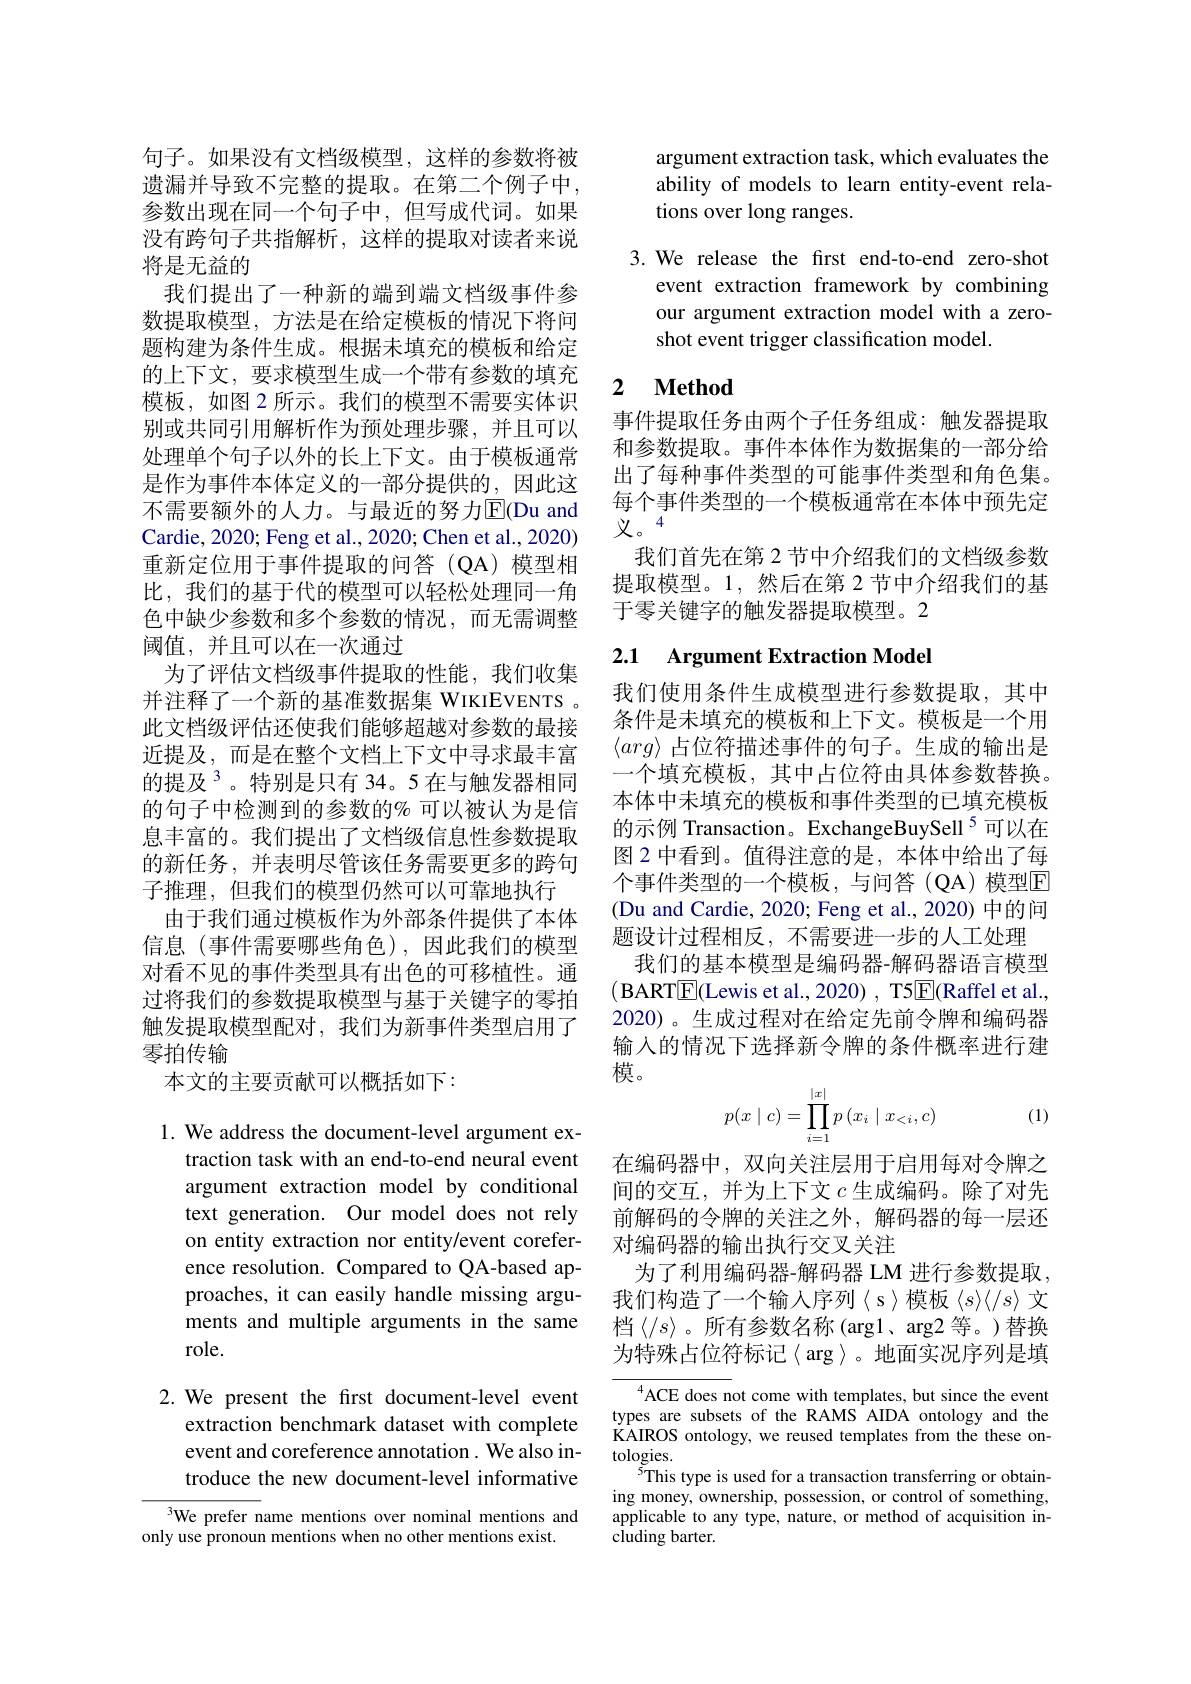
句子。如果没有文档级模型，这样的参数将被遗漏并导致不完整的提取。在第二个例子中， 参数出现在同一个句子中，但写成代词。如果没有跨句子共指解析，这样的提取对读者来说将是无益的
我们提出了一种新的端到端文档级事件参数提取模型，方法是在给定模板的情况下将问题构建为条件生成。根据未填充的模板和给定的上下文，要求模型生成一个带有参数的填充模板，如图 2 所示。我们的模型不需要实体识别或共同引用解析作为预处理步骤，并且可以处理单个句子以外的长上下文。由于模板通常是作为事件本体定义的一部分提供的，因此这不需要额外的人力。与最近的努力$\mathbb{E}($Du and Cardie, 2020; Feng et al., 2020; Chen et al., 2020) 重新定位用于事件提取的问答(QA)模型相比，我们的基于代的模型可以轻松处理同一角色中缺少参数和多个参数的情况，而无需调整阈值，并且可以在一次通过
为了评估文档级事件提取的性能，我们收集并注释了一个新的基准数据集 WIKIEVENTS 。此文档级评估还使我们能够超越对参数的最接近提及，而是在整个文档上下文中寻求最丰富的提及$^{3}$。特别是只有 34。5 在与触发器相同的句子中检测到的参数的%可以被认为是信息丰富的。我们提出了文档级信息性参数提取的新任务，并表明尽管该任务需要更多的跨句子推理，但我们的模型仍然可以可靠地执行
由于我们通过模板作为外部条件提供了本体信息(事件需要哪些角色),因此我们的模型对看不见的事件类型具有出色的可移植性。通过将我们的参数提取模型与基于关键字的零拍触发提取模型配对，我们为新事件类型启用了零拍传输
本文的主要贡献可以概括如下：

1. We address the document-level argument ex-
traction task with an end-to-end neural event argument extraction model by conditional text generation. Our model does not rely on entity extraction nor entity/event coreference resolution. Compared to QA-based approaches, it can easily handle missing arguments and multiple arguments in the same role.

2. We present the first document-level event
extraction benchmark dataset with complete event and coreference annotation. We also introduce the new document-level informative

$^{3}$We prefer name mentions over nominal mentions and
only use pronoun mentions when no other mentions exist.

argument extraction task, which evaluates the ability of models to learn entity-event relations over long ranges.

3. We release the first end-to-end zero-shot
event extraction framework by combining our argument extraction model with a zeroshot event trigger classification model.

## 2 $\textbf{Method}$

事件提取任务由两个子任务组成：触发器提取和参数提取。事件本体作为数据集的一部分给出了每种事件类型的可能事件类型和角色集。每个事件类型的一个模板通常在本体中预先定义。4
我们首先在第 2 节中介绍我们的文档级参数提取模型。1,然后在第 2 节中介绍我们的基于零关键字的触发器提取模型。2

## 2.1 Argument Extraction Model

我们使用条件生成模型进行参数提取，其中条件是未填充的模板和上下文。模板是一个用$\langle arg\rangle$占位符描述事件的句子。生成的输出是一个填充模板，其中占位符由具体参数替换。本体中未填充的模板和事件类型的已填充模板的示例 Transaction。ExchangeBuySell$^{5}$可以在图 2 中看到。值得注意的是 ,本体中给出了每个事件类型的一个模板，与问答(QA)模型E (Du and Cardie, 2020; Feng et al., 2020) 中的问题设计过程相反，不需要进一步的人工处理
我们的基本模型是编码器-解码器语言模型(BART$\underline{\mathrm{E}}($Lewis et al., 2020) , T5$\underline{\mathrm{E}}($Raffel et al., 2020)。生成过程对在给定先前令牌和编码器输入的情况下选择新令牌的条件概率进行建模。
$$p(x\mid c)=\prod\limits_{i=1}^{|x|}p\left(x_i\mid x_{<i},c\right)$$
(1)

在编码器中，双向关注层用于启用每对令牌之间的交互，并为上下文$c$生成编码。除了对先前解码的令牌的关注之外，解码器的每一层还对编码器的输出执行交叉关注
为了利用编码器-解码器 LM 进行参数提取， 我们构造了一个输人序列$\langle s\rangle$模板 $\langle s\rangle\langle/s\rangle$ 文档$\langle/s\rangle$。所有参数名称 (argl、arg2 等。)替换为特殊占位符标记$\langle\arg\rangle$。地面实况序列是填

${}^{4}$ACE does not come with templates, but since the event types are subsets of the RAMS AIDA ontology and the KAIROS ontology, we reused templates from the these on- $tologies.$
$\bar{5}$This type is used for a transaction transferring or obtaining money, ownership, possession, or control of something, applicable to any type, nature, or method of acquisition in- ${\mathrm{cluding~barter.}}$